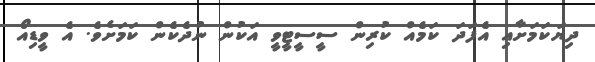
ދިޔަކަމަށާއި އެފަދަ ކަމެއް ކުރިން ސީސީޓީވީ އަކުން ނުދެކެން ކަމަށެވެ. އެ ވީޑިއޯ